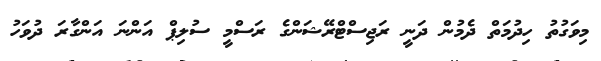
މިވަގުތު ހިދުމަތް ދެމުން ދަނީ ރަޖިސްޓްރޭޝަންގެ ރަސްމީ ސުލިޕް އަންނަ އަންގާރަ ދުވަހު